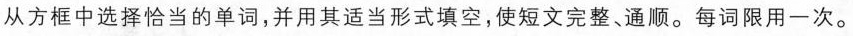
从方框中选择恰当的单词，并用其适当形式填空，使短文完整、通顺、每词限用一次。